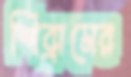
শিব্রামের